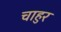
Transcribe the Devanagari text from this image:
चाहुर